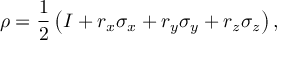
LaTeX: \rho = { \frac { 1 } { 2 } } \left( I + r _ { x } \sigma _ { x } + r _ { y } \sigma _ { y } + r _ { z } \sigma _ { z } \right) ,